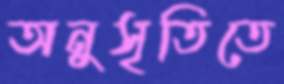
অনুসৃতিতে